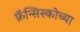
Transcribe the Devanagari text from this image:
फ्रॅन्सिस्कोच्या